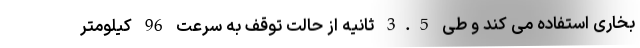
بخاری استفاده می کند و طی 3.5 ثانیه از حالت توقف به سرعت 96 کیلومتر